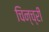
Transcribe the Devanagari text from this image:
चिन्च्री